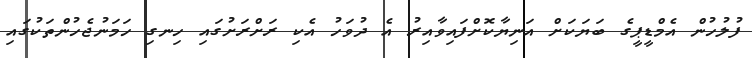
ފުލުހުން އެމްޑީޕީގެ ބަޔަކަށް އަނިޔާކޮށްފައިވާއިރު އެ ދުވަހު އެކި ރަށްރަށުގައި ހިނގި ހަމަނުޖެހުންތަކުގައި